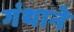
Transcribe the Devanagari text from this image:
गंथाने